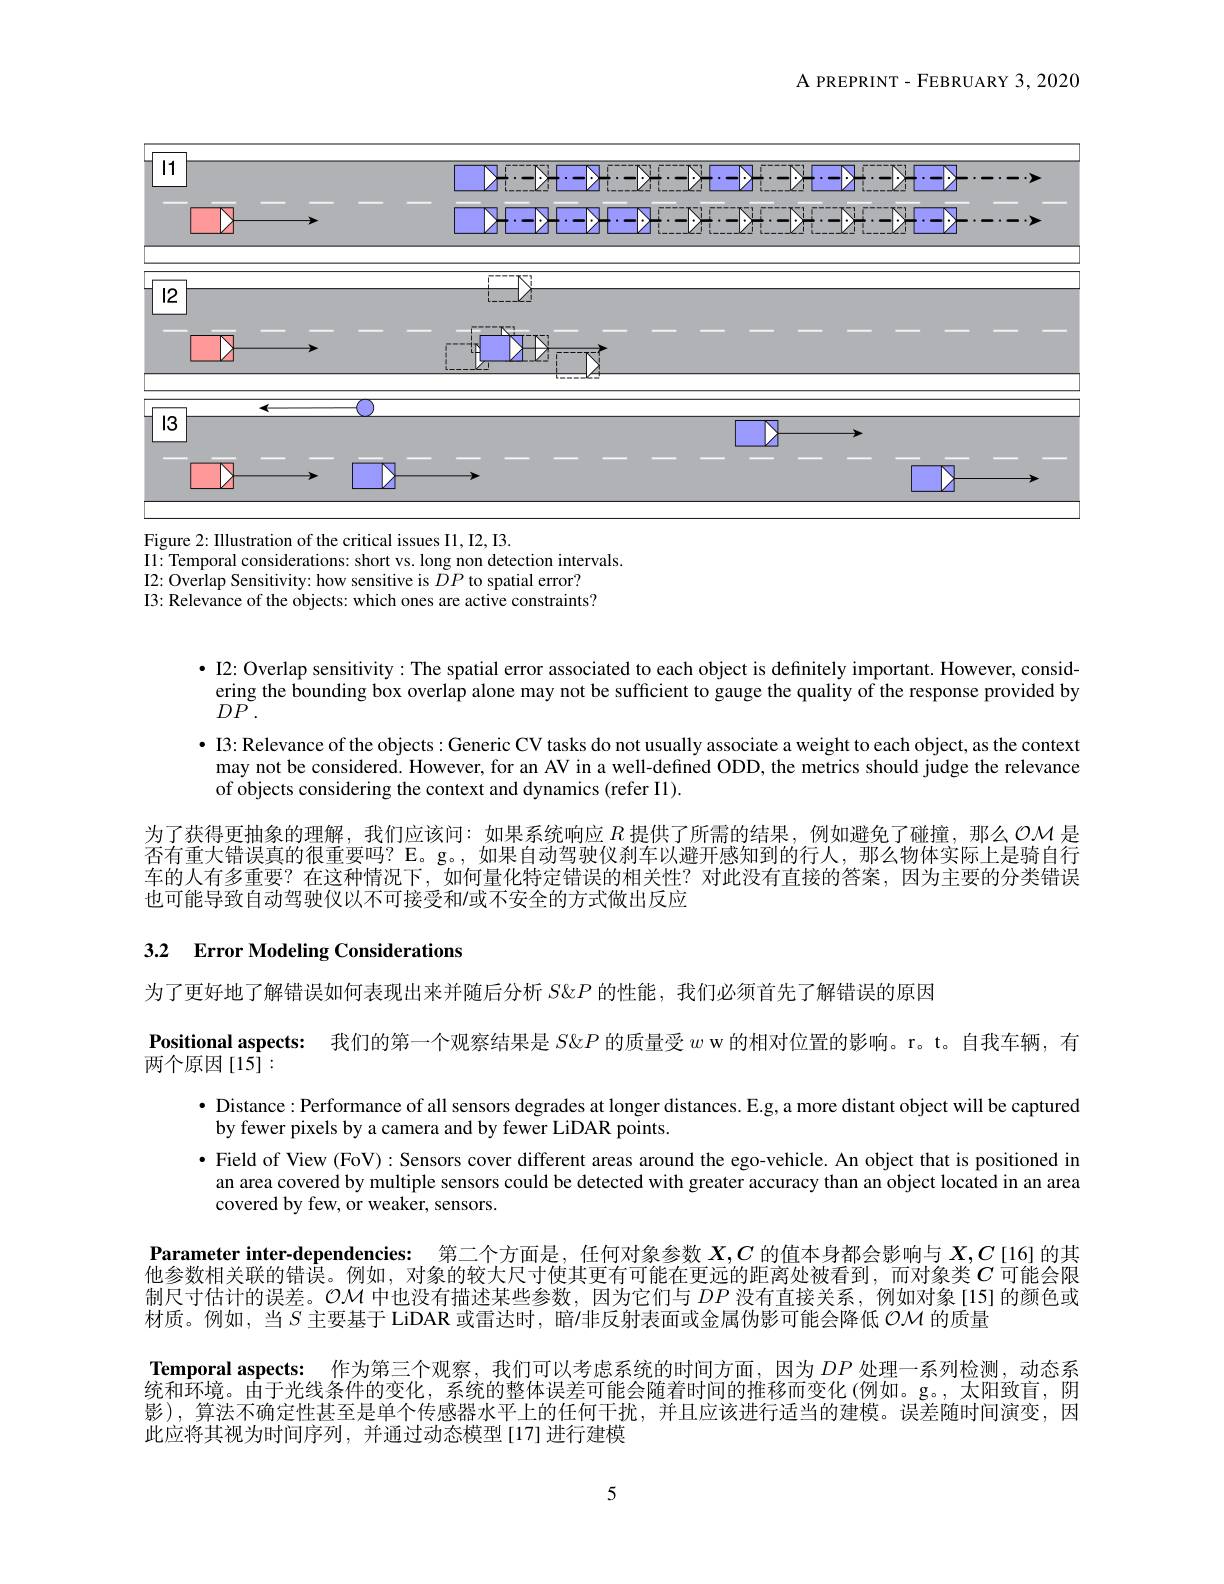
${\mathrm{A~PREPRINT-FEBRUARY3,2020}}$

<FigureHere>

I1: Temporal considerations: short vs. long non detection intervals.
I2: Overlap Sensitivity: how sensitive is $\breve{DP}$ to spatial error? I3: Relevance of the objects: which ones are active constraints?

$\bullet$ I2: Overlap sensitivity: The spatial error associated to each object is definitely important. However, considering the bounding box overlap alone may not be sufficient to gauge the quality of the response provided by $DP\tilde{}.$
$\bullet$ I3: Relevance of the objects : Generic CV tasks do not usually associate a weight to each object, as the context may not be considered. However, for an AV in a well-defined ODD, the metrics should judge the relevance of objects considering the context and dynamics (refer I1).
为了获得更抽象的理解，我们应该问：如果系统响应$R$提供了所需的结果，例如避免了碰撞，那么 OM 是否有重大错误真的很重要吗？E。g。,如果自动驾驶仪刹车以避开感知到的行人，那么物体实际上是骑自行车的人有多重要？在这种情况下，如何量化特定错误的相关性？对此没有直接的答案，因为主要的分类错误也可能导致自动驾驶仪以不可接受和$\prime$或不安全的方式做出反应

## 3.2 Error Modeling Considerations

为了更好地了解错误如何表现出来并随后分析$S\&P$的性能，我们必须首先了解错误的原因
Positional aspects: 我们的第一个观察结果是$S\&P$的质量受$w$ w 的相对位置的影响。r。t。自我车辆，有
两个原因[15]:
$\bullet$ Distance: Performance of all sensors degrades at longer distances. E.g, a more distant object will be captured
by fewer pixels by a camera and by fewer LiDAR points
$\bullet$ Field of View (FoV): Sensors cover different areas around the ego-vehicle. An object that is positioned in
an area covered by multiple sensors could be detected with greater accuracy than an object located in an area
covered by few, or weaker, sensors.

Parameter inter-dependencies: 第二个方面是，任何对象参数$X,C$的值本身都会影响与$X,C$ [16] 的其他参数相关联的错误。例如，对象的较大尺寸使其更有可能在更远的距离处被看到，而对象类$C$ 可能会限制尺寸估计的误差。$\mathcal{OM}$中也没有描述某些参数，因为它们与$DP$没有直接关系，例如对象[15]的颜色或材质。例如，当$S$主要基于 LiDAR 或雷达时，暗/非反射表面或金属伪影可能会降低$\mathcal{OM}$的质量
Temporal aspects: 作为第三个观察，我们可以考虑系统的时间方面，因为$DP$处理一系列检测，动态系统和环境。由于光线条件的变化，系统的整体误差可能会随着时间的推移而变化(例如。g。,太阳致盲，阴影),算法不确定性甚至是单个传感器水平上的任何干扰，并且应该进行适当的建模。误差随时间演变，因此应将其视为时间序列，并通过动态模型[17]进行建模

5